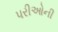
પરીઓની